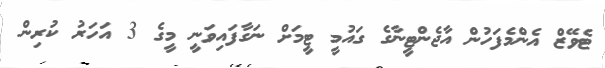
ޓެވޭޒް އެންމެފަހުން އާޖެންޓީނާގެ ގައުމީ ޓީމަށް ނަގާފައިވަނީ މީގެ 3 އަހަރު ކުރިން